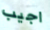
اجيب